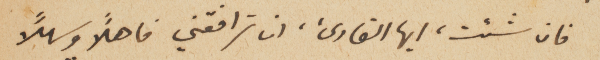
فان شئت، ايها القارىء، ان ترافقني فاهلاً وسهلاً